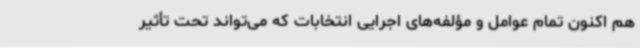
هم اکنون تمام عوامل و مؤلفه‌های اجرایی انتخابات که می‌تواند تحت تأثیر